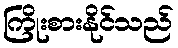
ကြိုးစားနိုင်သည်